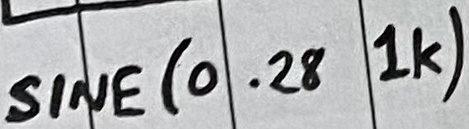
Text: SINE(0..28 1K)